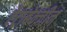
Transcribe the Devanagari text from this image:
टेट्राबेन्ज़ीन